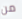
من